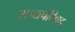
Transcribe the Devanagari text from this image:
राज्यपरिषद